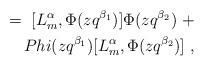
LaTeX: \begin{align*}=\ [L^{\alpha}_m , \Phi (zq^{\beta_1}) ] \Phi (zq^{\beta_2})\ +\\Phi (zq^{\beta_1}) [L^{\alpha}_m , \Phi (zq^{\beta_2})]\ ,\end{align*}